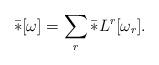
LaTeX: \begin{align*}\bar{*}[\omega]=\sum_r\bar{*}L^r[\omega_r].\end{align*}